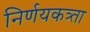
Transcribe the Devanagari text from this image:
निर्णयकत्र्ता